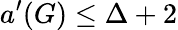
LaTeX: a^{\prime}(G)\leq\Delta+2